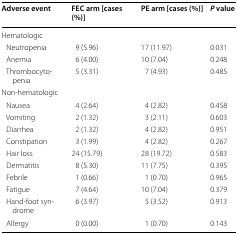
<table><thead><tr><td><b>Adverse event</b></td><td><b>FEC arm [cases (%)]</b></td><td><b>PE arm [cases (%)]</b></td><td><b><i>P</i> value</b></td></tr></thead><tbody><tr><td colspan="4">Hematologic</td></tr><tr><td> Neutropenia</td><td>9 (5.96)</td><td>17 (11.97)</td><td>0.031</td></tr><tr><td> Anemia</td><td>6 (4.00)</td><td>10 (7.04)</td><td>0.248</td></tr><tr><td> Thrombocytopenia</td><td>5 (3.31)</td><td>7 (4.93)</td><td>0.485</td></tr><tr><td colspan="4">Non-hematologic</td></tr><tr><td> Nausea</td><td>4 (2.64)</td><td>4 (2.82)</td><td>0.458</td></tr><tr><td> Vomiting</td><td>2 (1.32)</td><td>3 (2.11)</td><td>0.603</td></tr><tr><td> Diarrhea</td><td>2 (1.32)</td><td>4 (2.82)</td><td>0.951</td></tr><tr><td> Constipation</td><td>3 (1.99)</td><td>4 (2.82)</td><td>0.267</td></tr><tr><td> Hair loss</td><td>24 (15.79)</td><td>28 (19.72)</td><td>0.583</td></tr><tr><td> Dermatitis</td><td>8 (5.30)</td><td>11 (7.75)</td><td>0.395</td></tr><tr><td> Febrile</td><td>1 (0.66)</td><td>1 (0.70)</td><td>0.965</td></tr><tr><td> Fatigue</td><td>7 (4.64)</td><td>10 (7.04)</td><td>0.379</td></tr><tr><td> Hand-foot syndrome</td><td>6 (3.97)</td><td>5 (3.52)</td><td>0.913</td></tr><tr><td> Allergy</td><td>0 (0.00)</td><td>1 (0.70)</td><td>0.143</td></tr></tbody></table>